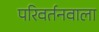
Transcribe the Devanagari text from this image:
परिवर्तनवाला